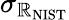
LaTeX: \sigma_{\mathbb{R}_{\mathrm{{{NIST}}}}}